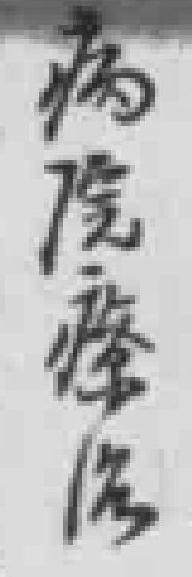
病院療治